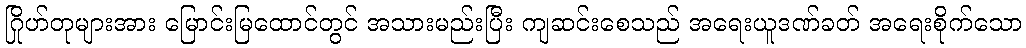
ဂြိုဟ်တုများအား မြောင်းမြထောင်တွင် အသားမည်းပြီး ကျဆင်းစေသည် အရေးယူဒဏ်ခတ် အရေးစိုက်သော